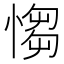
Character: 㥮